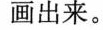
画出来。